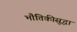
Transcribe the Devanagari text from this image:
भौतिकीसुद्धा